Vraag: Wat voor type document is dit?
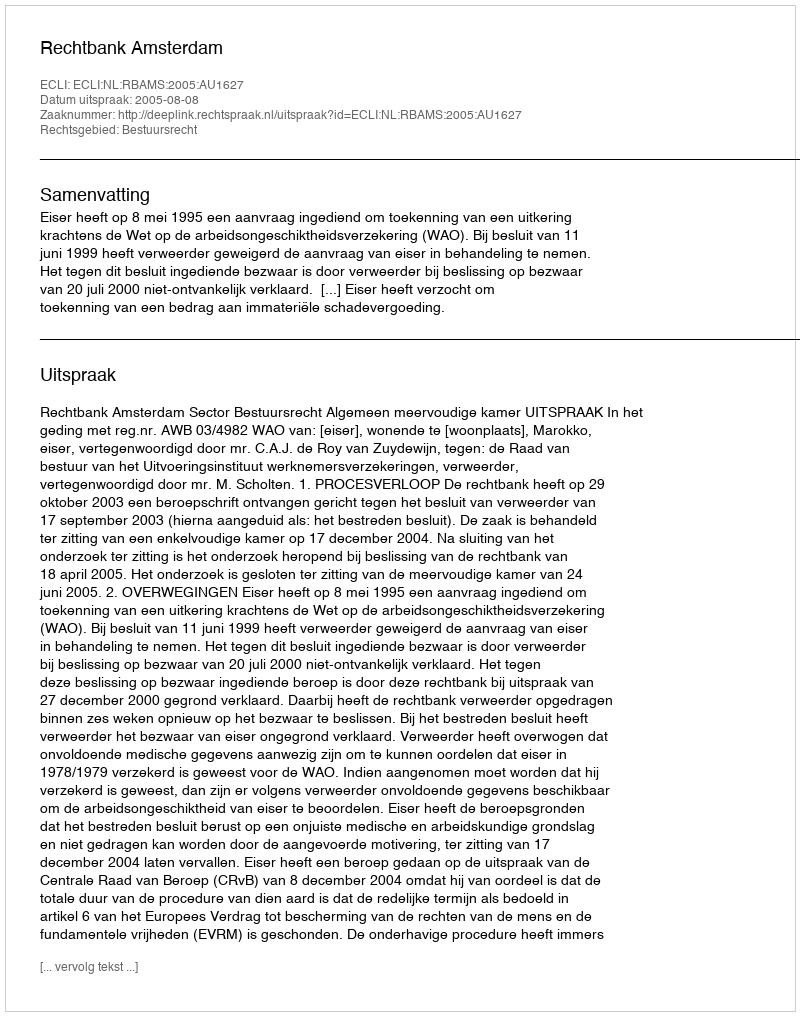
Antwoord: Uitspraak